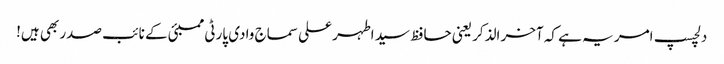
دلچسپ امر یہ ہے کہ آخر الذکر یعنی حافظ سید اطہر علی سماج وادی پارٹی ممبئی کے نائب صدر بھی ہیں!